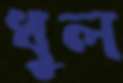
ধুল